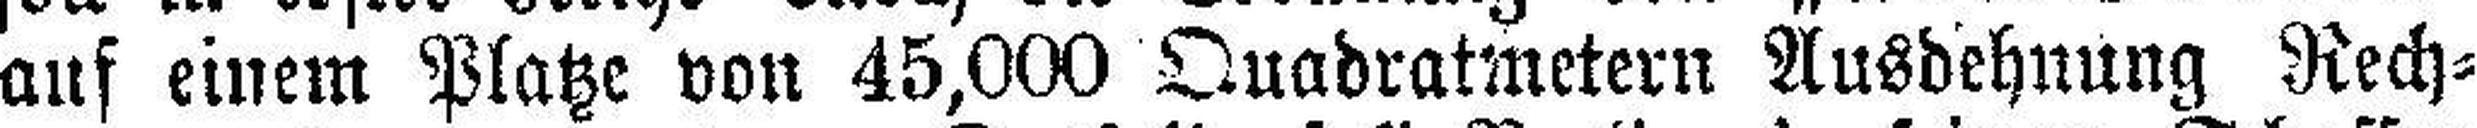
auf einem Platze von 45,000 Quadratmetern Ausdehnung Rech¬